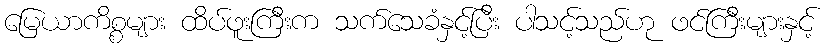
မြေယာကိစ္စများ ထိပ်ဖူးကြီးက သက်သေခံနှင့်ပြီး ပါသင့်သည်ဟု ဖင်ကြီးများနှင့်